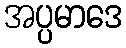
အပ္ပမာဒေ